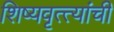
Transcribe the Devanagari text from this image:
शिष्यवृत्त्यांची